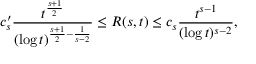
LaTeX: c _ { s } ^ { \prime } { \frac { t ^ { \frac { s + 1 } { 2 } } } { ( \log t ) ^ { { \frac { s + 1 } { 2 } } - { \frac { 1 } { s - 2 } } } } } \leq R ( s , t ) \leq c _ { s } { \frac { t ^ { s - 1 } } { ( \log t ) ^ { s - 2 } } } ,